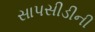
સાપસીડીની